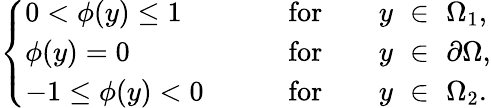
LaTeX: \left\{ \begin{array}{ll}{0<\phi({y})\leq 1\qquad}&{\mathrm{for}\qquad{y}\, \, \in\, \, \Omega_{1},}\\ {\phi({y})=0}&{\mathrm{for}\qquad{y}\, \, \in\, \, \partial\Omega,}\\ {-1\leq\phi({y})<0\qquad}&{\mathrm{for}\qquad{y}\, \, \in\, \, \Omega_{2}.}\end{array}\right.